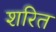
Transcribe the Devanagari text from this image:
शरित